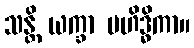
သန္တိ ယက္ခာ မဟိဒ္ဓိကာ။